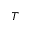
T